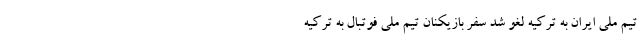
تیم ملی ایران به ترکیه لغو شد سفر بازیکنان تیم ملی فوتبال به ترکیه